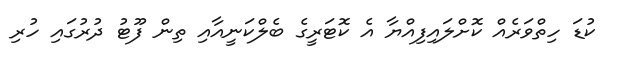
ކުޑަ ހިތްވަރެއް ކޮށްލައިފިއްޔާ އެ ކޮޓަރީގެ ބެލްކަނީއާއި ތިން ފޫޓު ދުރުގައި ހުރި